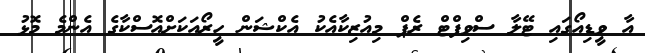
އާ ވީޑިއޯގައި ޓޭލާ ސްވިފްޓް ރެޕް މިއުޒިކާއެކު އެކްޝަން ހީރޯއަކަށްއޮސްކާގެ އެންމެ މޮޅު